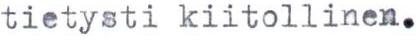
tietysti kiitollinen.